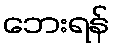
ဘေးရန်